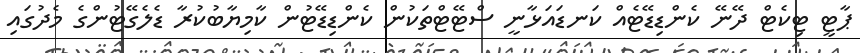
ޕާޓީ ޓިކެޓް ދޭނޭ ކެންޑިޑޭޓެއް ކަނޑައަޅާނީ ސްޓޭޓްތަކުން ކެންޑިޑޭޓުން ކާމިޔާބުކުރާ ޑެލެގޭޓުންގެ މެދުގައި